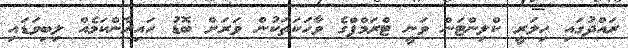
ރައްދުގައި ހިލަރީ ކްލިންޓަން ވަނީ ޓްރަމްޕްގެ ވާހަކަތަކުން ވަރަށް ބޮޑު ހައިރާންކަމެއް ލިބިވަޑައި